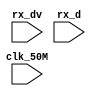


module ether_rx(
	clk_50M,
	rx_dv,
	rx_d
);

	input clk_50M;
	input rx_dv;
	input [1:0] rx_d;

endmodule